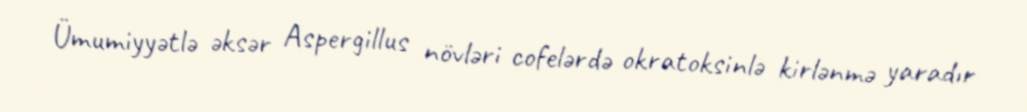
Ümumiyyətlə əksər Aspergillus növləri cofelərdə okratoksinlə kirlənmə yaradır